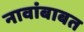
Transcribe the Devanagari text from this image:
नावांबाबत